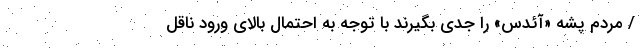
/ مردم پشه «آئدس» را جدی بگیرند با توجه به احتمال بالای ورود ناقل